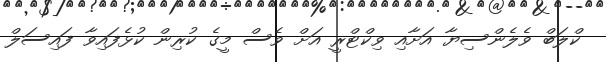
ކްލަބް ވެލެންސިޔާ އަށާއި ވިކްޓްރީ އަށް ވެސް މީގެ ކުރިން ކުޅެފައިވާ ފައިސަލް